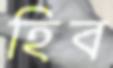
হিব